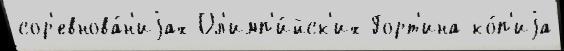
сор'евнова́н'иjах Ол'имп'и́йск'их Горт'ина ко́п'иjа